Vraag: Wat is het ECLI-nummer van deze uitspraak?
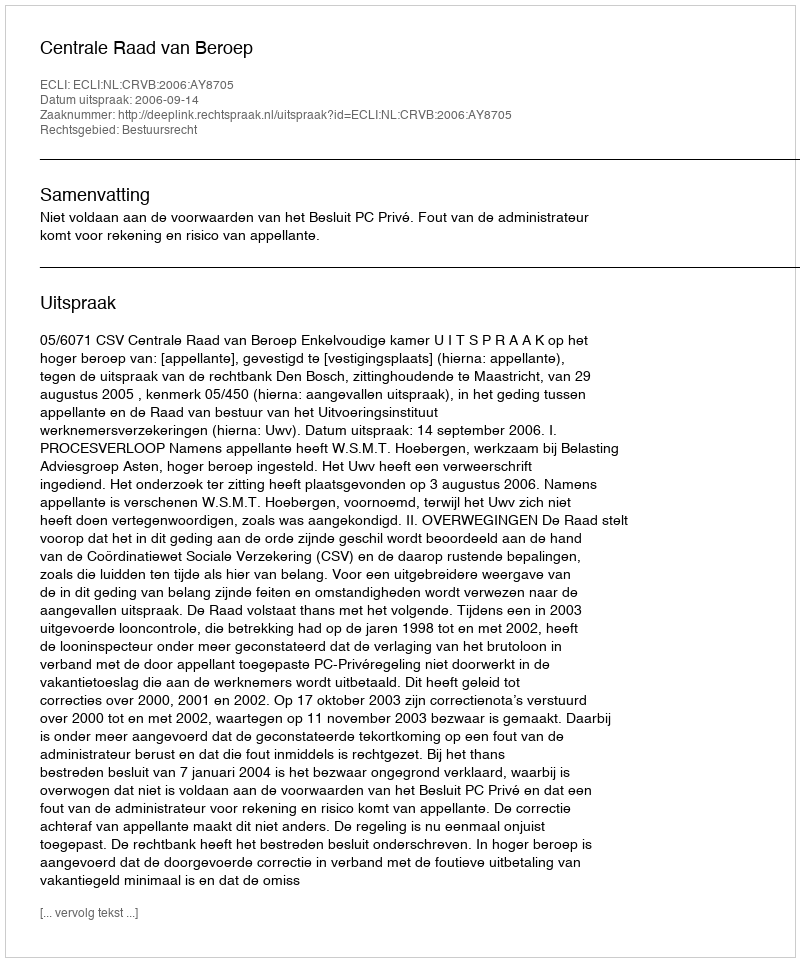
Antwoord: ECLI:NL:CRVB:2006:AY8705